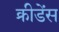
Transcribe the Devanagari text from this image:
क्रीडेंस